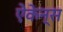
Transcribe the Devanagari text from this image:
ऐकेन्स